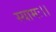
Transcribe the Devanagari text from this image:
स्यामः।।